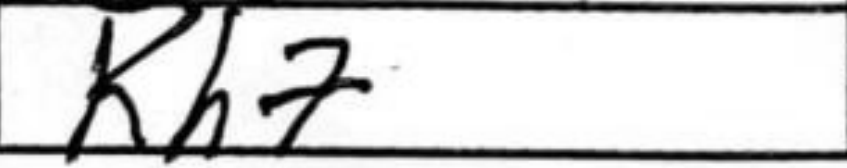
Transcription: Kh7